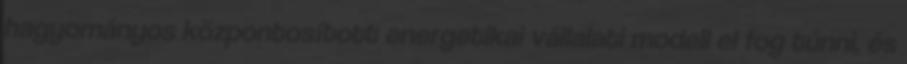
hagyományos központosított energetikai vállalati modell el fog tűnni, és